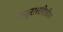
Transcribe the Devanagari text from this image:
मजुरालादेखील